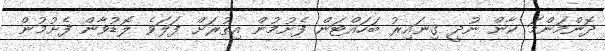
ދޮންމަންމަ ކާން ނުދީ ގިނައިރު ބަހައްޓަން ފެށުމުން އިތުރަށް ފަލަވެ ލޮޑުވާން ފެށުމުން